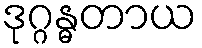
ဒုဂ္ဂန္ဓတာယ